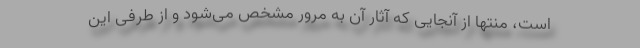
است، منتها از آنجایی که آثار آن به مرور مشخص می‌شود و از طرفی این